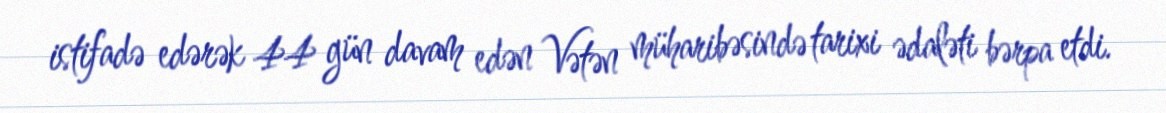
istifadə edərək 44 gün davam edən Vətən müharibəsində tarixi ədaləti bərpa etdi.